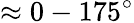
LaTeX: \approx 0-175^{\circ}